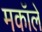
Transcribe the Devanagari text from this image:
मकॉले